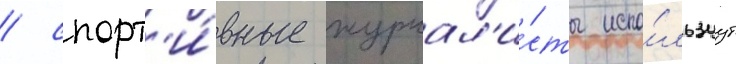
/ спорт'и́вные журнал'и́сты испо́льзуут